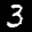
Label: 3